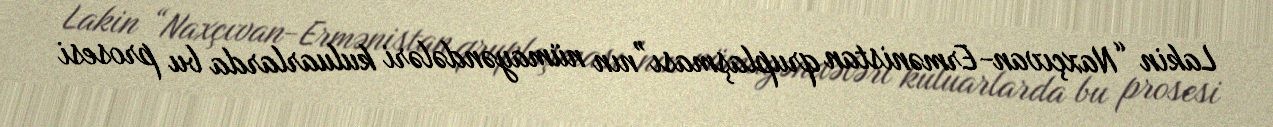
Lakin “Naxçıvan-Ermənistan qruplaşması”nın nümayəndələri kuluarlarda bu prosesi